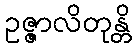
ဥဇ္ဇာလိတုန္တိ